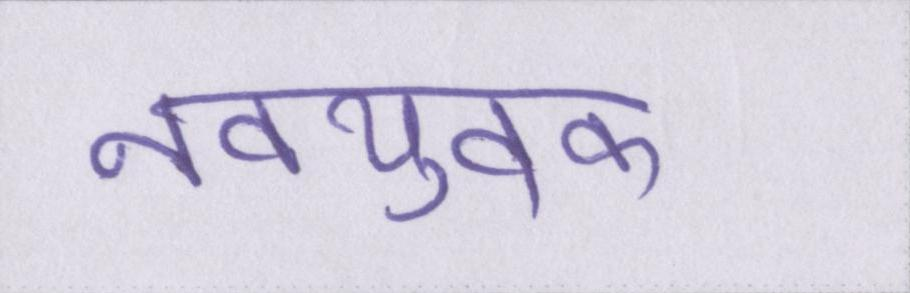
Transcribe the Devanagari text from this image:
नवयुवक